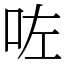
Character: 咗